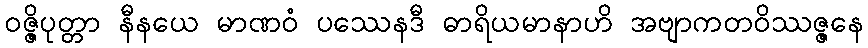
ဝဇ္ဇိပုတ္တာ နီနယေ မာဏဝံ ပဿေနဒီ ဓာရိယမာနာဟိ အဗျာကတဝိဿဇ္ဇနေ